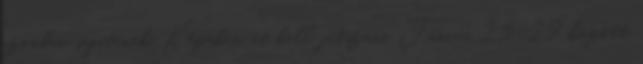
azonban segítenek. Képeken át kell játszani Június 25-29 között